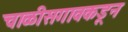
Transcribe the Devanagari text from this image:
चाळीसगावकडून